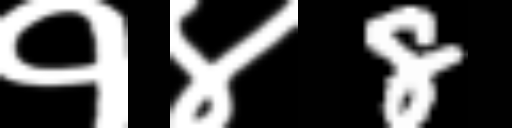
Text: १४8